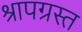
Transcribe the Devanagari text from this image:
श्रापग्रस्त